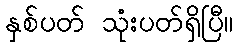
နှစ်ပတ် သုံးပတ်ရှိပြီ။